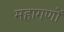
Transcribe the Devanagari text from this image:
महागणों